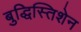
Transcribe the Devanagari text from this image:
बुद्धिस्तिशेन